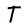
Character: T